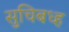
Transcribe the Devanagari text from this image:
सुचिबध्ह